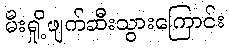
မီးရှို့ဖျက်ဆီးသွားကြောင်း